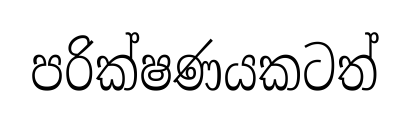
පරික්ෂණයකටත්